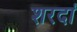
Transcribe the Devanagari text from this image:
शरदां